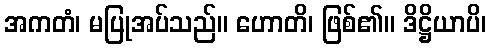
အကတံ၊ မပြုအပ်သည်။ ဟောတိ၊ ဖြစ်၏။ ဒိဋ္ဌိယာပိ၊